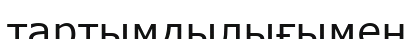
тартымдылығымен